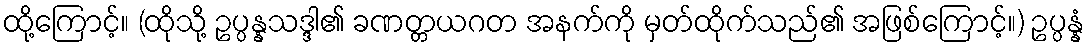
ထို့ကြောင့်။ (ထိုသို့ ဥပ္ပန္နသဒ္ဒါ၏ ခဏတ္တယဂတ အနက်ကို မှတ်ထိုက်သည်၏ အဖြစ်ကြောင့်။) ဥပ္ပန္နံ